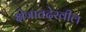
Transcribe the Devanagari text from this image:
क्षेत्रातदेखील